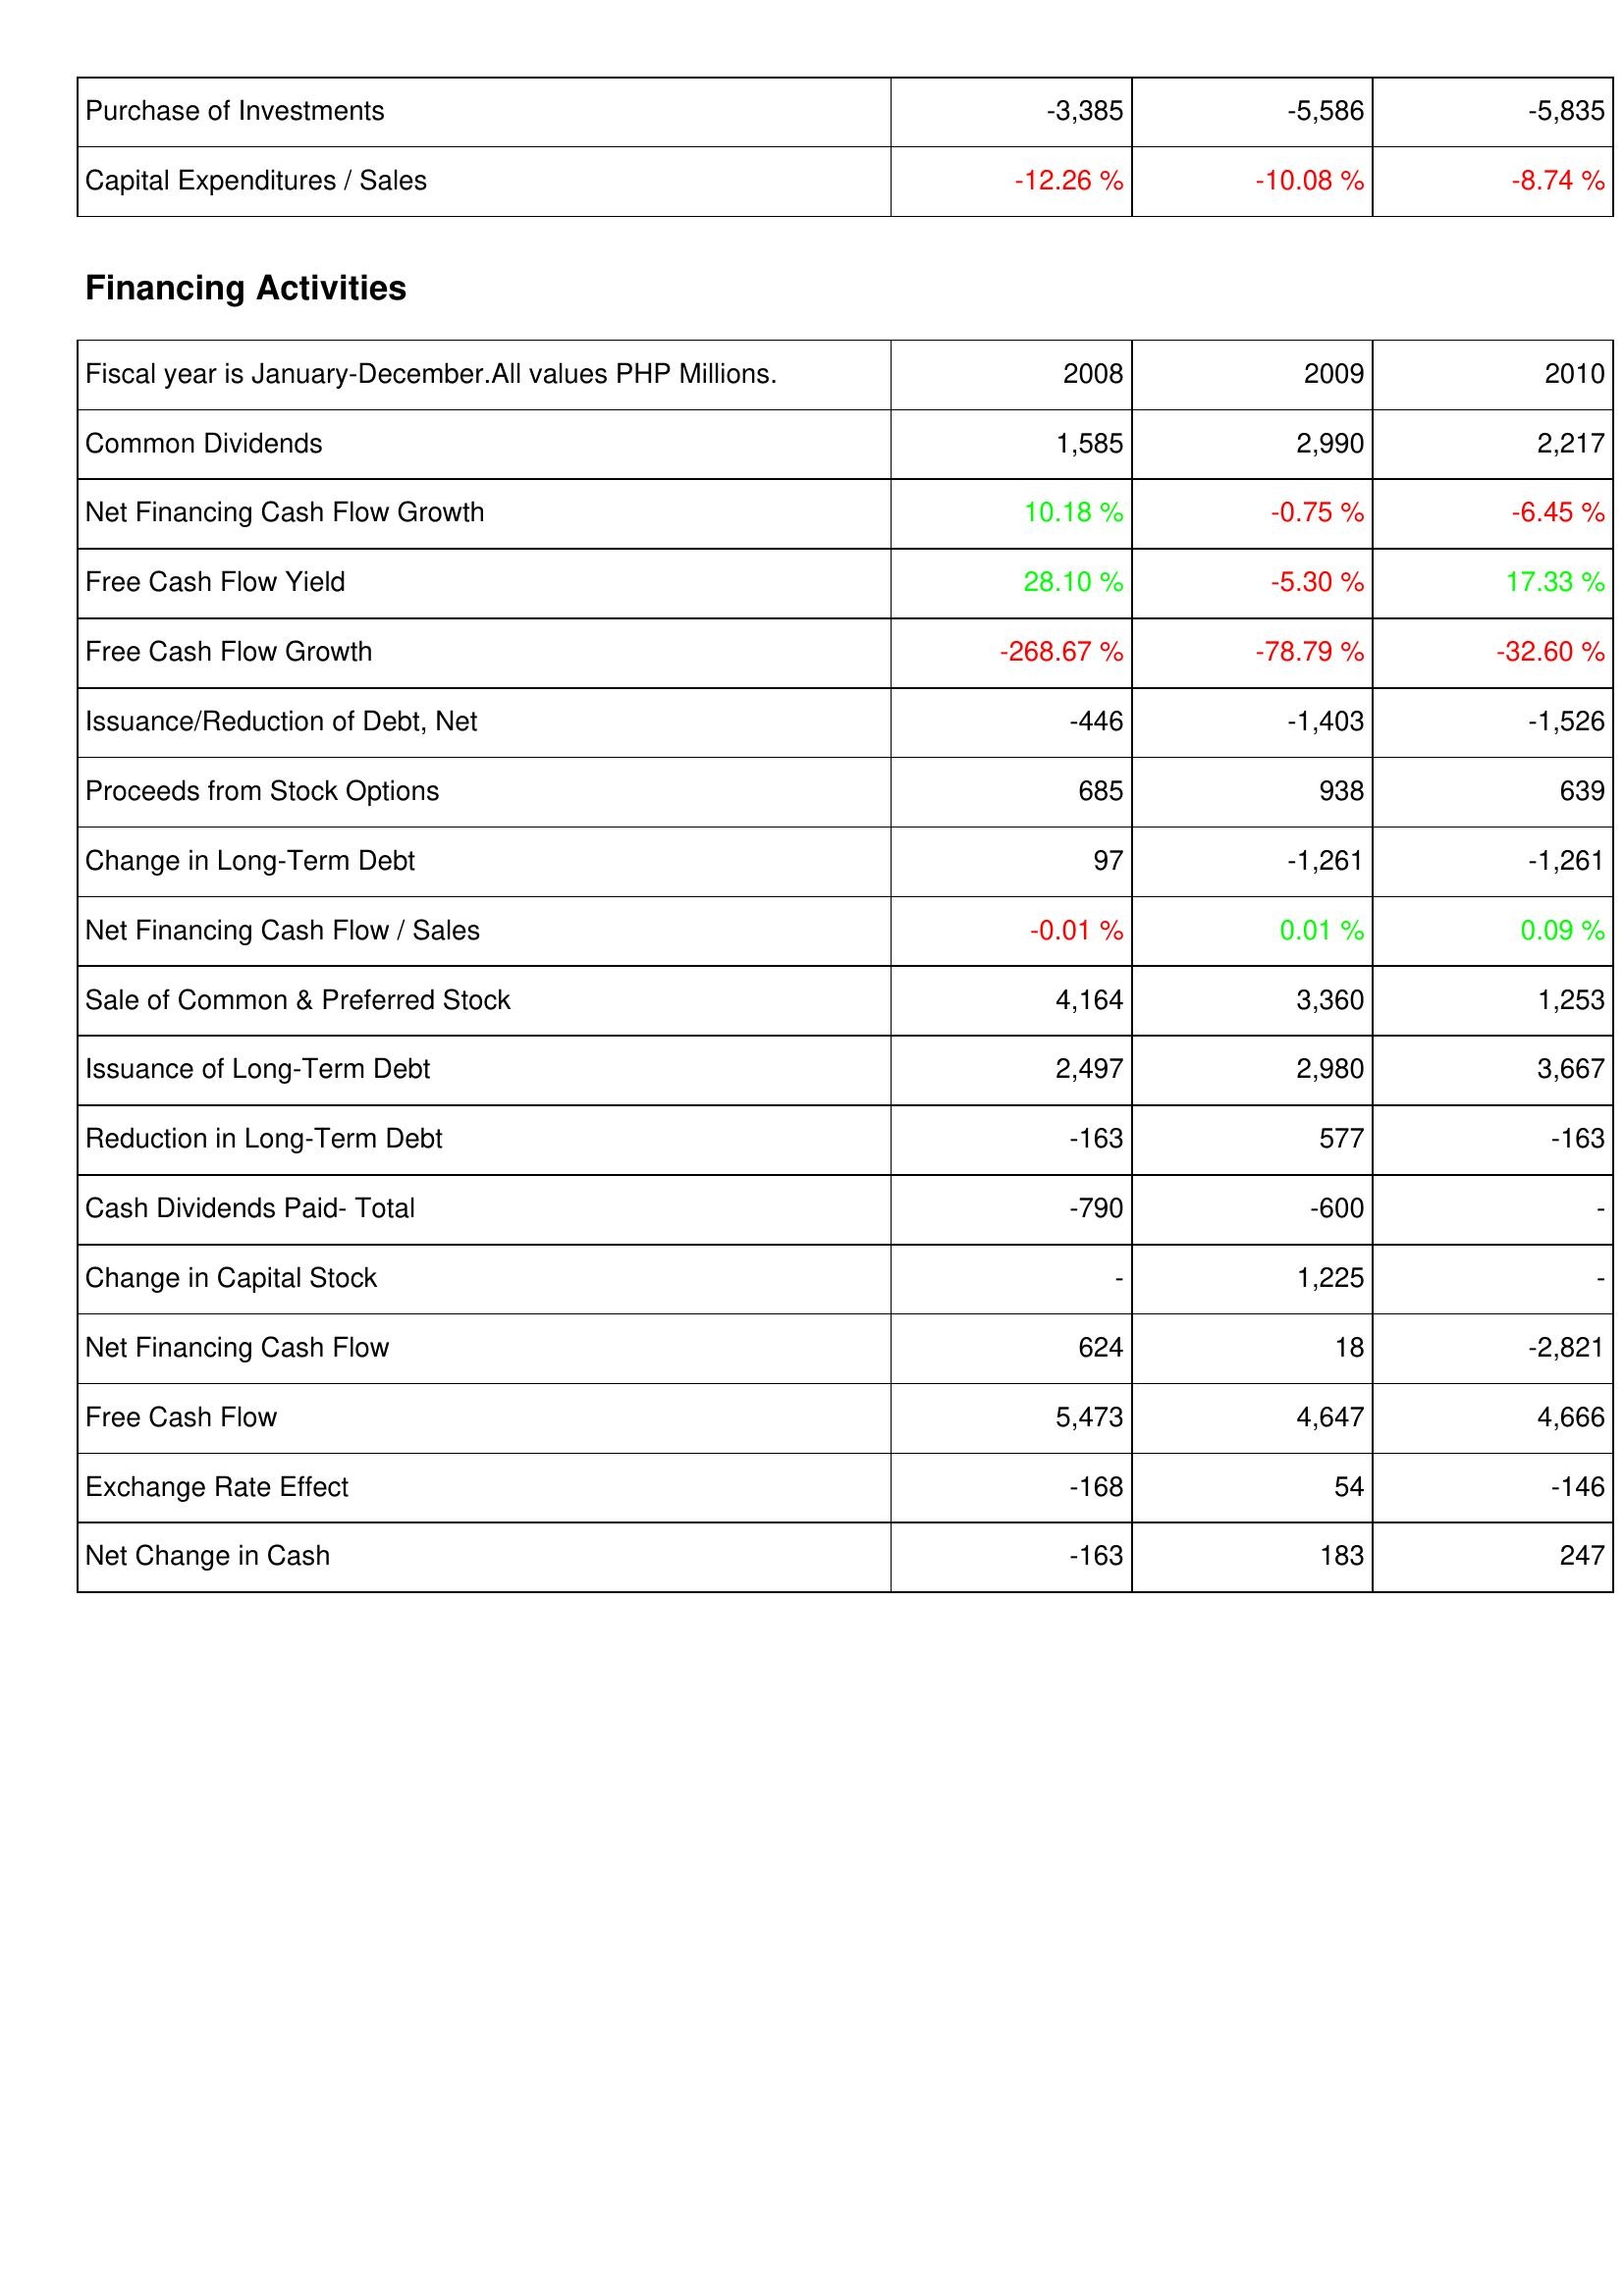
2008: Investing Activities: Purchase of Investments: -3,385
Capital Expenditures / Sales: -12.26 %
Financing Activities: Common Dividends: 1,585
Net Financing Cash Flow Growth: 10.18 %
Free Cash Flow Yield: 28.10 %
Free Cash Flow Growth: -268.67 %
Issuance/Reduction of Debt, Net: -446
Proceeds from Stock Options: 685
Change in Long-Term Debt: 97
Net Financing Cash Flow / Sales: -0.01 %
Sale of Common & Preferred Stock: 4,164
Issuance of Long-Term Debt: 2,497
Reduction in Long-Term Debt: -163
Cash Dividends Paid- Total: -790
Change in Capital Stock: -
Net Financing Cash Flow: 624
Free Cash Flow: 5,473
Exchange Rate Effect: -168
Net Change in Cash: -163
2009: Investing Activities: Purchase of Investments: -5,586
Capital Expenditures / Sales: -10.08 %
Financing Activities: Common Dividends: 2,990
Net Financing Cash Flow Growth: -0.75 %
Free Cash Flow Yield: -5.30 %
Free Cash Flow Growth: -78.79 %
Issuance/Reduction of Debt, Net: -1,403
Proceeds from Stock Options: 938
Change in Long-Term Debt: -1,261
Net Financing Cash Flow / Sales: 0.01 %
Sale of Common & Preferred Stock: 3,360
Issuance of Long-Term Debt: 2,980
Reduction in Long-Term Debt: 577
Cash Dividends Paid- Total: -600
Change in Capital Stock: 1,225
Net Financing Cash Flow: 18
Free Cash Flow: 4,647
Exchange Rate Effect: 54
Net Change in Cash: 183
2010: Investing Activities: Purchase of Investments: -5,835
Capital Expenditures / Sales: -8.74 %
Financing Activities: Common Dividends: 2,217
Net Financing Cash Flow Growth: -6.45 %
Free Cash Flow Yield: 17.33 %
Free Cash Flow Growth: -32.60 %
Issuance/Reduction of Debt, Net: -1,526
Proceeds from Stock Options: 639
Change in Long-Term Debt: -1,261
Net Financing Cash Flow / Sales: 0.09 %
Sale of Common & Preferred Stock: 1,253
Issuance of Long-Term Debt: 3,667
Reduction in Long-Term Debt: -163
Cash Dividends Paid- Total: -
Change in Capital Stock: -
Net Financing Cash Flow: -2,821
Free Cash Flow: 4,666
Exchange Rate Effect: -146
Net Change in Cash: 247